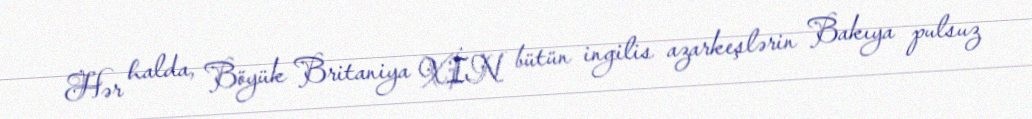
Hər halda, Böyük Britaniya XİN bütün ingilis azarkeşlərin Bakıya pulsuz